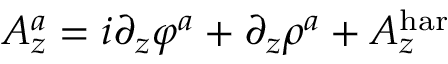
A _ { z } ^ { a } = i \partial _ { z } \varphi ^ { a } + \partial _ { z } \rho ^ { a } + A _ { z } ^ { \mathrm { h a r } }